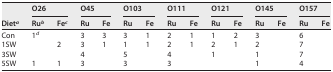
| <ROWSPAN=2> Dieta | <COLSPAN=2> O26 | <COLSPAN=2> O45 | <COLSPAN=2> O103 | <COLSPAN=2> O111 | <COLSPAN=2> O121 | <COLSPAN=2> O145 | <COLSPAN=2> O157 |
 | Rub | Fec | Ru | Fe | Ru | Fe | Ru | Fe | Ru | Fe | Ru | Fe | Ru | Fe |
 | --- | --- | --- | --- | --- | --- | --- | --- | --- | --- | --- | --- | --- | --- | --- |
 | Con | 1d |  | 3 | 3 | 3 | 1 | 2 | 1 | 1 | 2 | 3 |  | 6 |  |
 | 1SW |  | 2 | 3 | 1 | 1 | 1 | 2 | 1 | 2 | 1 | 2 |  | 7 |  |
 | 3SW |  |  | 4 |  | 5 |  | 4 |  | 1 |  | 1 |  | 7 |  |
 | 5SW | 1 | 1 | 3 |  | 3 |  | 3 |  |  |  | 1 |  | 4 |  |